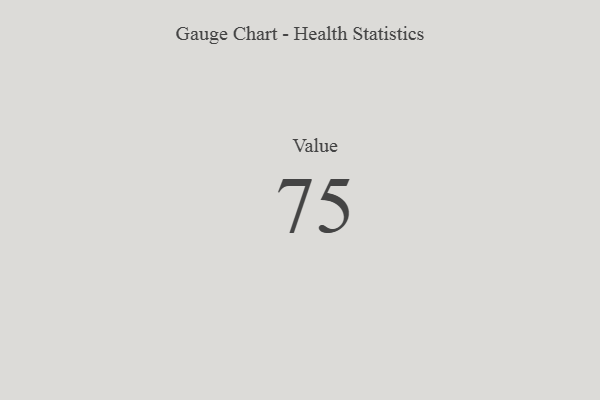
{"axis": {"x": "Metric", "y": "Value"}, "legend": [""], "data": [{"x": "Value", "y": 75, "type": ""}]}